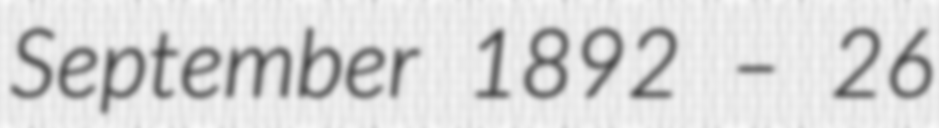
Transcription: September 1892 – 26